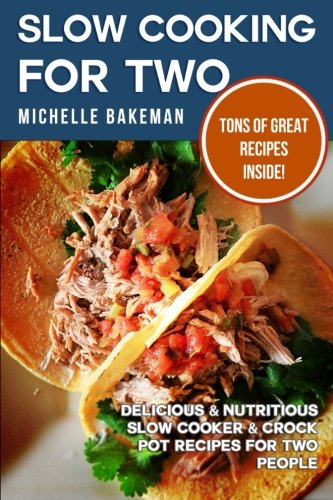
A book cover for Slow Cooking For Two: Delicious & Nutritious Slow Cooker & Crock Pot Recipes for Two People; Michelle Bakeman; Cookbooks, Food & Wine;